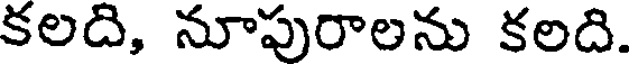
కలది, నూపురాలను కలది.